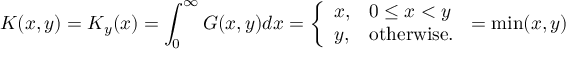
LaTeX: K ( x , y ) = K _ { y } ( x ) = \int _ { 0 } ^ { \infty } G ( x , y ) d x = { \left\{ \begin{array} { l l } { x , } & { 0 \leq x < y } \\ { y , } & { { \mathrm { o t h e r w i s e } } . } \end{array} \right. } = \operatorname* { m i n } ( x , y )